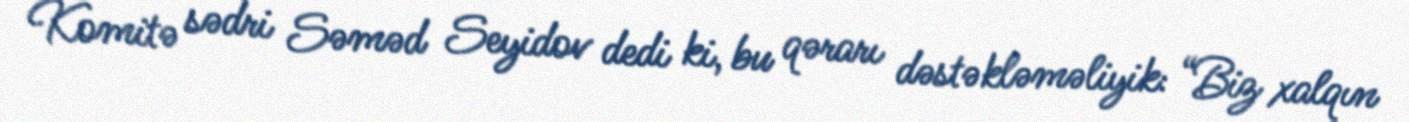
Komitə sədri Səməd Seyidov dedi ki, bu qərarı dəstəkləməliyik: “Biz xalqın